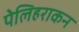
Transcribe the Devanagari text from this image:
पेलिहराकन